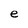
Character: e